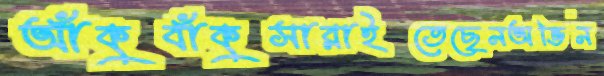
আঁকুবাঁকুসারাইতেছেনঅভিন